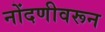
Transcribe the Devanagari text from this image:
नोंदणीवरून